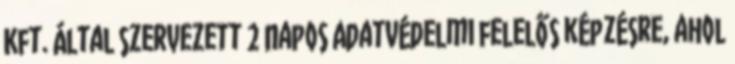
Kft. által szervezett 2 napos Adatvédelmi felelős képzésre, ahol